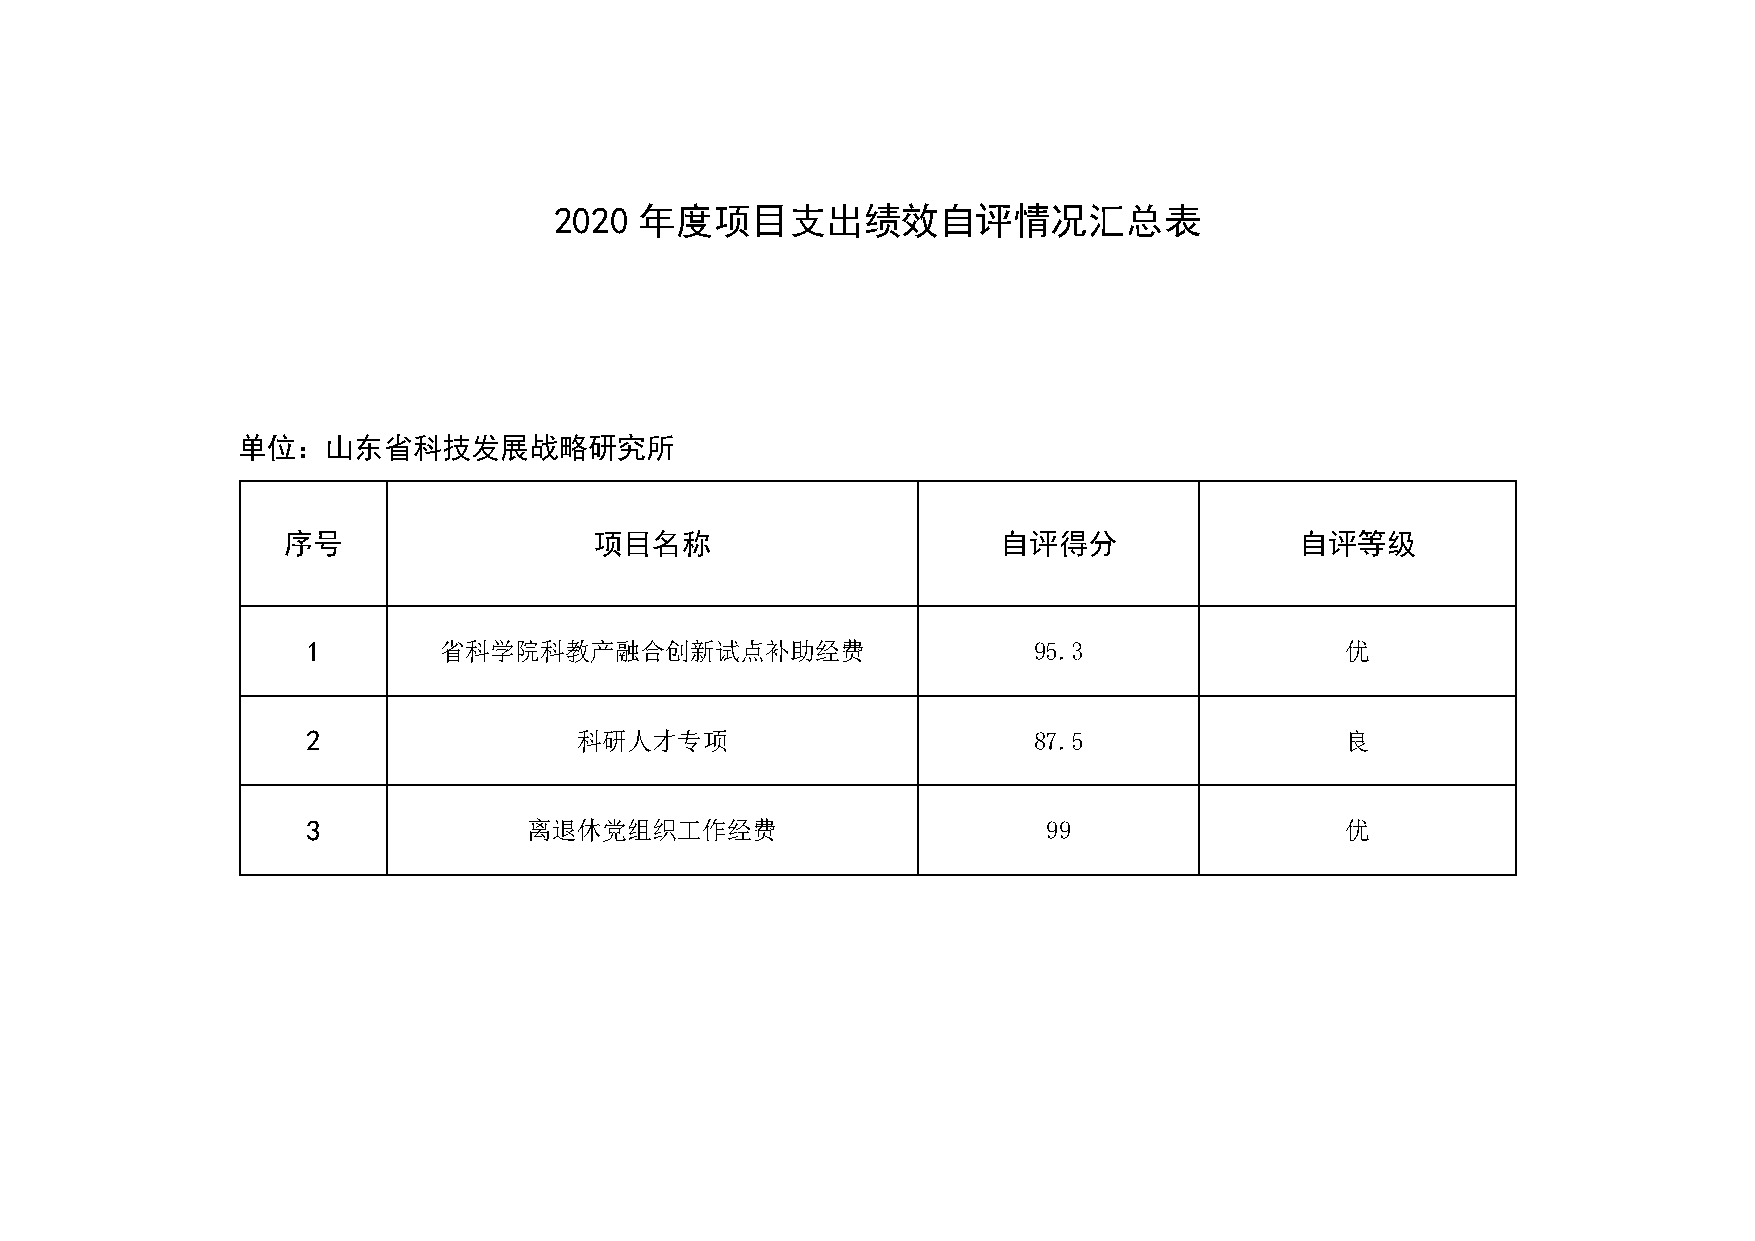
2020 年度项目支出绩效自评情况汇总表
 单位：山东省科技发展战略研究所
 序号                  项目名称                       自评得分                自评等级
 1        省科学院科教产融合创新试点补助经费                      95.3                 优
 2                 科研人才专项                        87.5                 良
 3              离退休党组织工作经费                        99                  优